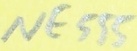
Text: NE555